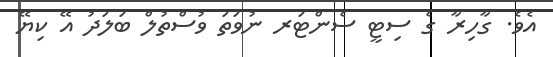
އެވެ. ގާހިރާ ގެ ސިޓީ ސެންޓަރ ނުވަތަ ވުސްތުލް ބަލަދު އޭ ކިޔޭ